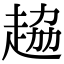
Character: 𧻒